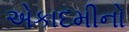
એકાદમીનો